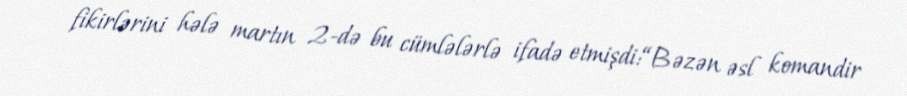
fikirlərini hələ martın 2-də bu cümlələrlə ifadə etmişdi:“Bəzən əsl komandir